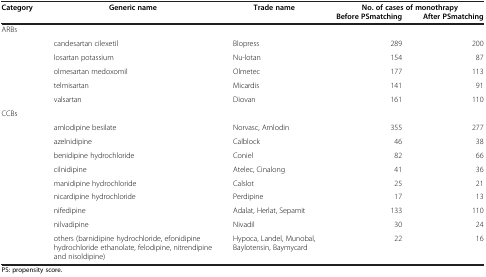
<table><thead><tr><td><b>Category</b></td><td><b>Generic name</b></td><td><b>Trade name</b></td><td colspan="2"><b>No. of cases of monothrapy</b></td></tr><tr><td><b> </b></td><td><b> </b></td><td><b> </b></td><td><b>Before PS matching</b></td><td><b>After PS matching</b></td></tr></thead><tbody><tr><td colspan="5">ARBs</td></tr><tr><td rowspan="5"> </td><td>candesartan cilexetil</td><td>Blopress</td><td>289</td><td>200</td></tr><tr><td>losartan potassium</td><td>Nu-lotan</td><td>154</td><td>87</td></tr><tr><td>olmesartan medoxomil</td><td>Olmetec</td><td>177</td><td>113</td></tr><tr><td>telmisartan</td><td>Micardis</td><td>141</td><td>91</td></tr><tr><td>valsartan</td><td>Diovan</td><td>161</td><td>110</td></tr><tr><td colspan="5">CCBs</td></tr><tr><td> </td><td>amlodipine besilate</td><td>Norvasc, Amlodin</td><td>355</td><td>277</td></tr><tr><td> </td><td>azelnidipine</td><td>Calblock</td><td>46</td><td>38</td></tr><tr><td> </td><td>benidipine hydrochloride</td><td>Coniel</td><td>82</td><td>66</td></tr><tr><td> </td><td>cilnidipine</td><td>Atelec, Cinalong</td><td>41</td><td>36</td></tr><tr><td> </td><td>manidipine hydrochloride</td><td>Calslot</td><td>25</td><td>21</td></tr><tr><td> </td><td>nicardipine hydrochloride</td><td>Perdipine</td><td>17</td><td>13</td></tr><tr><td> </td><td>nifedipine</td><td>Adalat, Herlat, Sepamit</td><td>133</td><td>110</td></tr><tr><td> </td><td>nilvadipine</td><td>Nivadil</td><td>30</td><td>24</td></tr><tr><td> </td><td>others (barnidipine hydrochloride, efonidipine hydrochloride ethanolate, felodipine, nitrendipine and nisoldipine)</td><td>Hypoca, Landel, Munobal, Baylotensin, Baymycard</td><td>22</td><td>16</td></tr></tbody></table>